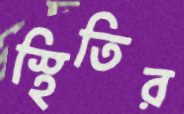
স্থিতির